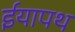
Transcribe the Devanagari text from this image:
ईयापथ